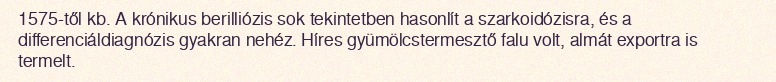
1575-től kb. A krónikus berilliózis sok tekintetben hasonlít a szarkoidózisra, és a differenciáldiagnózis gyakran nehéz. Híres gyümölcstermesztő falu volt, almát exportra is termelt.